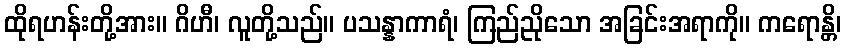
ထိုရဟန်းတို့အား။ ဂိဟီ၊ လူတို့သည်။ ပသန္နာကာရံ၊ ကြည်ညိုသော အခြင်းအရာကို။ ကရောန္တိ၊